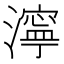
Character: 濘